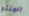
المنتج